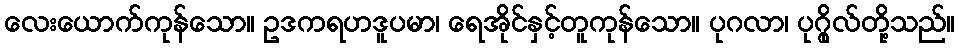
လေးယောက်ကုန်သော။ ဥဒကရဟဒူပမာ၊ ရေအိုင်နှင့်တူကုန်သော။ ပုဂလာ၊ ပုဂ္ဂိုလ်တို့သည်။